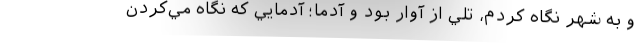
و به شهر نگاه كردم، تلي از آوار بود و آدما؛ آدمايي كه نگاه مي‌كردن